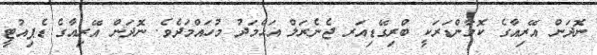
ނޮދަން އޭރިއާގެ ކޮމާންޑަރަކީ ބްރިގޭޑިއަރ ޖެނެރަލް އަޙްމަދު މުހައްމަދެވެ. ނޮދަން އޭރިއާގެ ޑެޕިއުޓީ